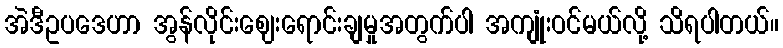
အဲဒီဥပဒေဟာ အွန်လိုင်းဈေးရောင်းချမှုအတွက်ပါ အကျုံးဝင်မယ်လို့ သိရပါတယ်။